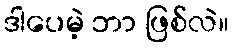
ဒါပေမဲ့ ဘာ ဖြစ်လဲ။